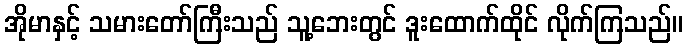
အိုမာနှင့် သမားတော်ကြီးသည် သူ့ဘေးတွင် ဒူးထောက်ထိုင် လိုက်ကြသည်။